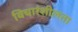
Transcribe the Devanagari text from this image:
विचारंशीलता